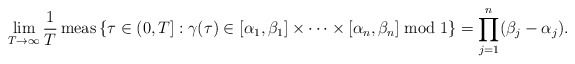
\begin{align*}\lim_{T\to\infty}\frac{1}{T}\operatorname{meas}\left\{\tau\in (0,T]: \gamma(\tau)\in[\alpha_1,\beta_1]\times\cdots\times[\alpha_n,\beta_n]\bmod 1\right\} = \prod_{j=1}^n (\beta_j-\alpha_j).\end{align*}